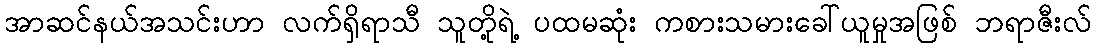
အာဆင်နယ်အသင်းဟာ လက်ရှိရာသီ သူတို့ရဲ့ ပထမဆုံး ကစားသမားခေါ်ယူမှုအဖြစ် ဘရာဇီးလ်